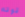
قوته